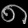
Digit: ၈